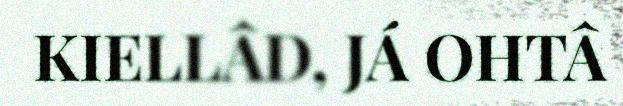
KIELLÂD, JÁ OHTÂ